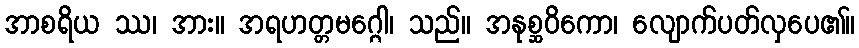
အာစရိယ ဿ၊ အား။ အရဟတ္တမဂ္ဂေါ၊ သည်။ အနုစ္ဆဝိကော၊ လျောက်ပတ်လှပေ၏။